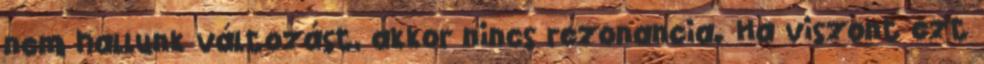
nem hallunk változást, akkor nincs rezonancia. Ha viszont ezt